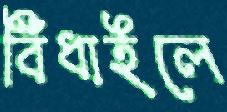
বিঁধাইলে